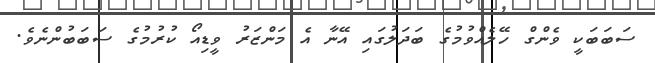
ސަބަބަކީ ވެންގް ހޭލެއްވުމުގެ ބަދަލުގައި އޭނާ އެ މަންޒަރު ވީޑިއޯ ކުރުމުގެ ސަބަބުންނެވެ.